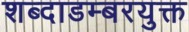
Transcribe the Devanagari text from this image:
शब्दाडम्बरयुक्त